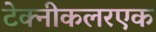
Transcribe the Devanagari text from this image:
टेक्नीकलरएक